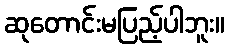
ဆုတောင်းမပြည့်ပါဘူး။